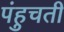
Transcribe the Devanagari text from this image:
पंहुचती